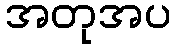
အတုအပ